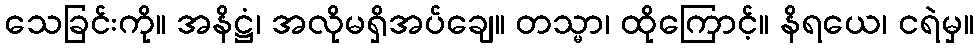
သေခြင်းကို။ အနိဋ္ဌံ၊ အလိုမရှိအပ်ချေ။ တသ္မာ၊ ထိုကြောင့်။ နိရယေ၊ ငရဲမှ။